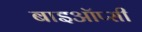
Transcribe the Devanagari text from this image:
बाइऑप्सी